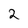
Character: 2